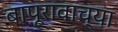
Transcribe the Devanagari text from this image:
बापूरावाच्या